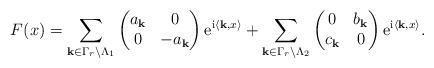
LaTeX: \begin{align*}F(x)=\sum_{{\bf k}\in \Gamma_{r}\backslash \Lambda_{1}} \begin{pmatrix}a_{\bf k}&0\\0&-a_{\bf k}\end{pmatrix}{\rm e}^{{\rm i}\langle{\bf k},x\rangle} + \sum_{{\bf k}\in \Gamma_{r}\backslash \Lambda_{2}} \begin{pmatrix}0&b_{\bf k}\\c_{\bf k}&0\end{pmatrix}{\rm e}^{{\rm i}\langle{\bf k},x\rangle}.\end{align*}